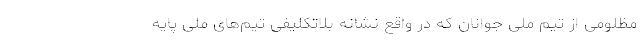
مظلومی از تیم‌ ملی جوانان که در واقع نشانه بلاتکلیفی تیم‌های ملی پایه